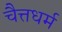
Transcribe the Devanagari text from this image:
चैत्तधर्म